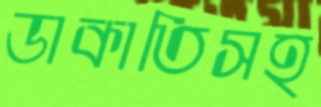
ডাকাতিসহ